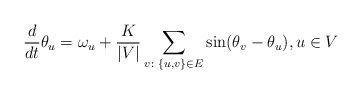
\begin{align*}\frac{d}{dt}\theta_u=\omega_u+\frac{K}{|V|}\sum_{v\colon \{u,v\}\in E}\sin(\theta_v-\theta_u), u\in V\end{align*}